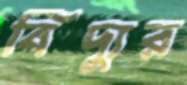
বিদ্যুর